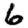
Digit: 6